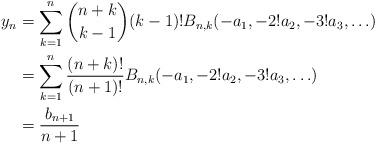
LaTeX: \begin{align*}y_n & = \sum_{k=1}^{n}\binom{n+k}{k-1}(k-1)!B_{n,k}(-a_1, -2!a_2, -3!a_3, \ldots) \\& = \sum_{k=1}^{n}\frac{(n+k)!}{(n+1)!}B_{n,k}(-a_1, -2!a_2, -3!a_3, \ldots) \\& = \frac{b_{n+1}}{n+1}\end{align*}